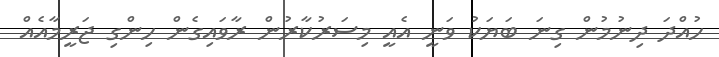
ހުއްދަ ދިނުމުން ގިނަ ބަޔަކު ވަނީ އެއީ މިސަރުކާރުން ރާވައިގެން ހިންގި ޖަރީމާއެއް